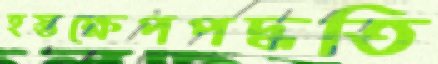
হস্তক্ষেপপদ্ধতি